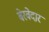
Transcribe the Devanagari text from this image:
बेरवेदार